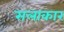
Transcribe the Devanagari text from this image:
सलाकार